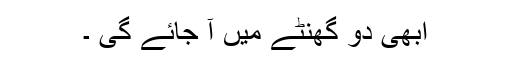
ابھی دو گھنٹے میں آ جائے گی ۔